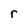
Character: r